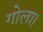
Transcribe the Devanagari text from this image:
गोला।